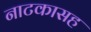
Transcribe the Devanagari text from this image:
नाटकासह